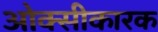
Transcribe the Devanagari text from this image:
ओक्सीकारक